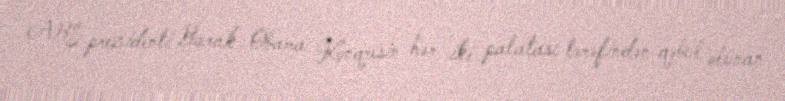
ABŞ prezidenti Barak Obama Konqresin hər iki palatası tərəfindən qəbul olunan